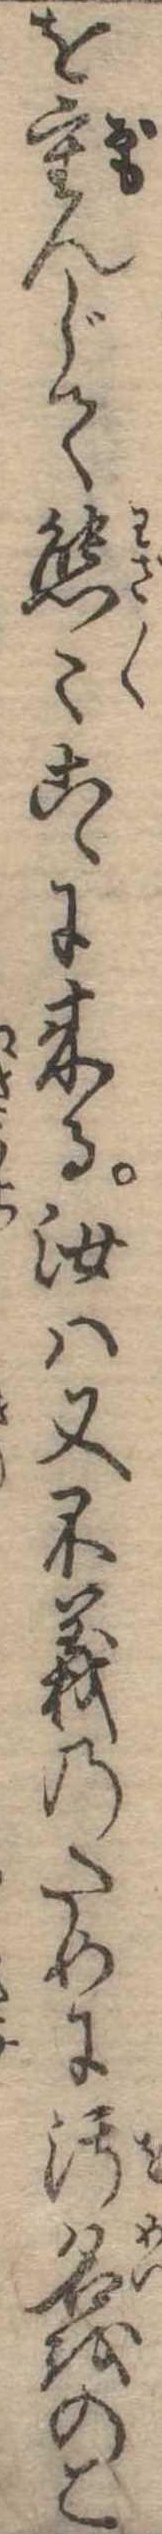
を重んじて態こゝに来る汝は又不義のために汚名をのこ